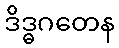
ဒိဒ္ဓဂတေန